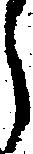
う